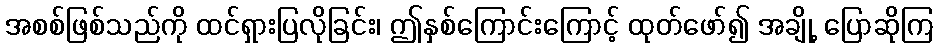
အစစ်ဖြစ်သည်ကို ထင်ရှားပြလိုခြင်း၊ ဤနှစ်ကြောင်းကြောင့် ထုတ်ဖော်၍ အချို့ ပြောဆိုကြ